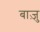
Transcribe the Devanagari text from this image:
बाज़ु